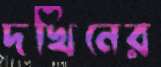
দখিনের